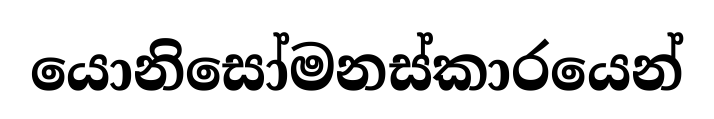
යොනිසෝමනස්කාරයෙන්